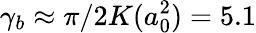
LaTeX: \gamma_{b}\approx\pi/2K(a_{0}^{2})=5.1